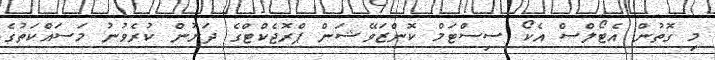
މި ގޮތުން އެޓޯލްސް އެކޯ ސިސްޓަމް ކޮންޒަވޭޝަން ޕްރޮޖެކްޓްގެ ދަށުން ކުރެވުނު މަސައްކަތުގެ